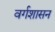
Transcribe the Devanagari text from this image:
वर्गशासन